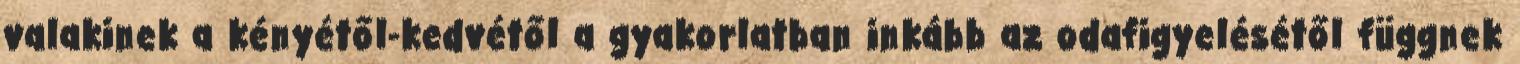
valakinek a kényétől-kedvétől a gyakorlatban inkább az odafigyelésétől függnek